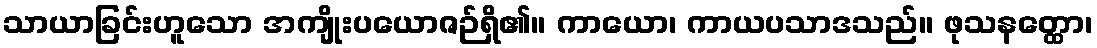
သာယာခြင်းဟူသော အကျိုးပယောဇဉ်ရှိ၏။ ကာယော၊ ကာယပသာဒသည်။ ဖုသနတ္ထော၊